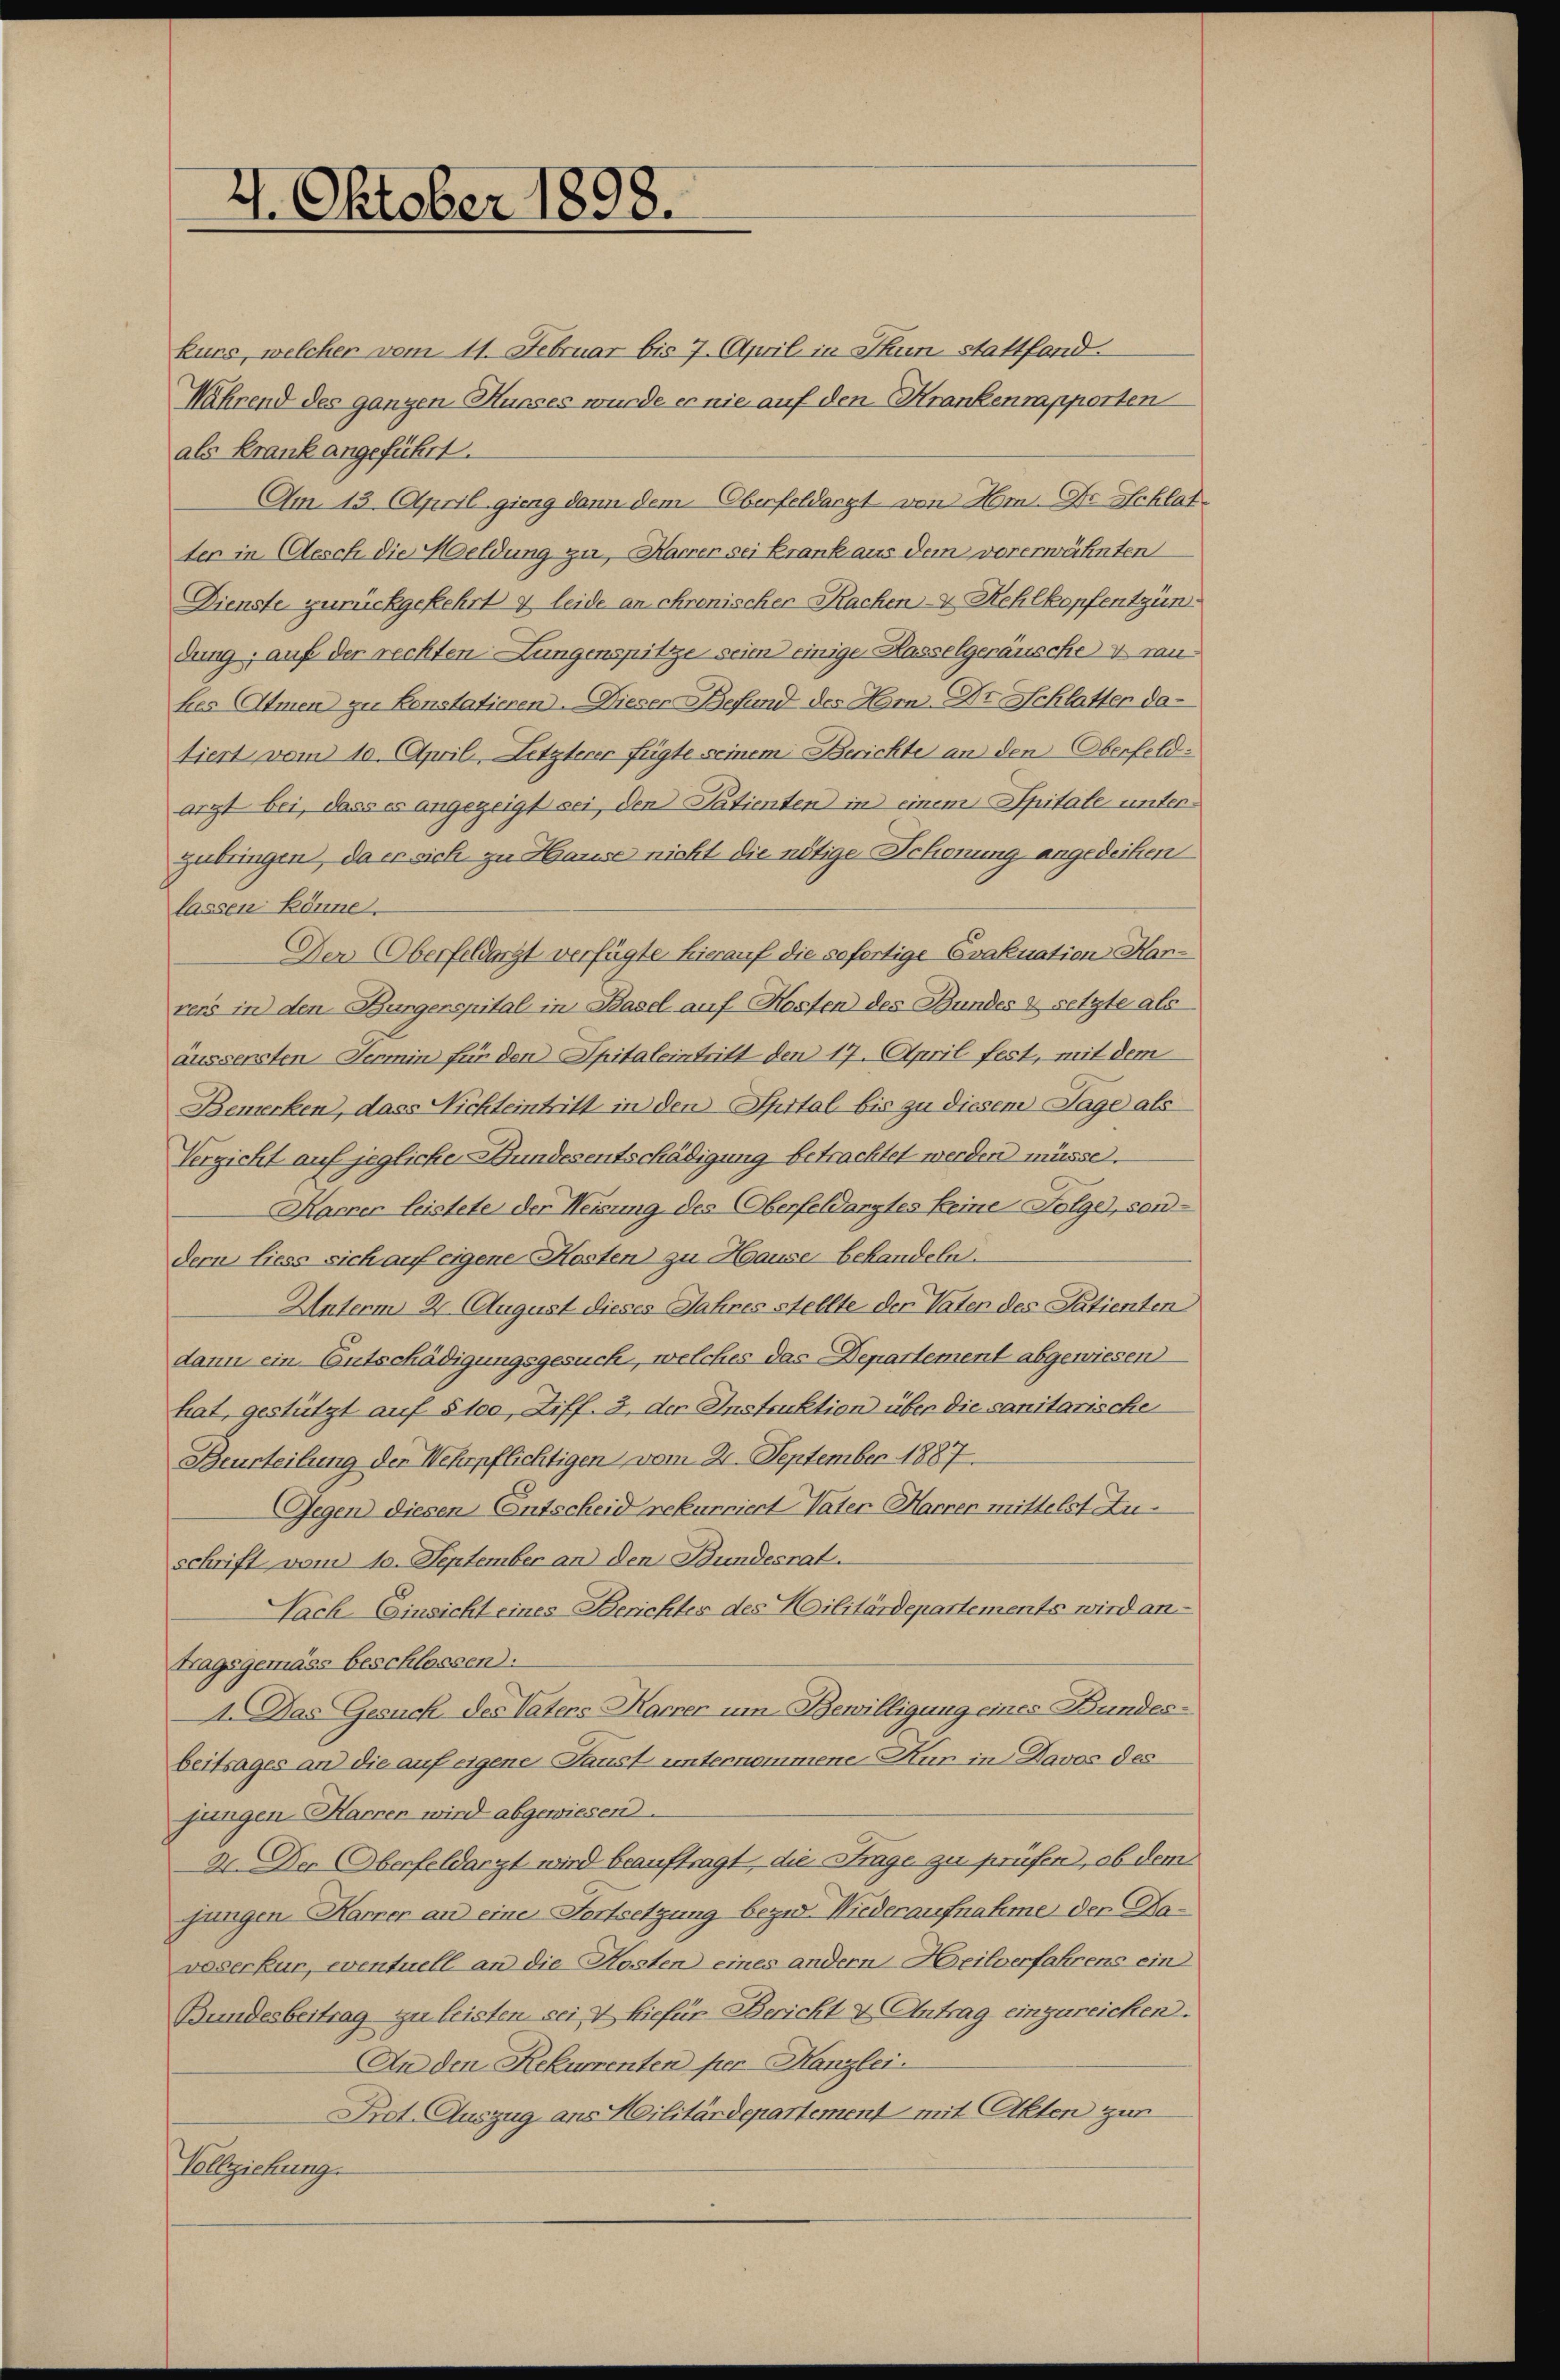
4. Oktober 1898.

kurs, welcher vom 11. Februar bis 7. April in Thun stattfond.
Während des ganzen Hueses wurde er nie auf den Krankenrapporten
als Krank angeführt.
Am 13. April gieng dann dem Oberfeldarzt von Hom. Dr Schlate
ter in Aesch die Heldung zu, Harrer sei Krank aus dem vorerwähnten
Dienste zurückgekehrt u leide an ehrenischer Kachen- & Kehlkopfentzündung; auf der rechten Lungenspitze seien einige Hasselgeräusche v. gankes Armen zu Konstatieren. Dieser Befund des Hrn. Dr Schlatter datiert vom 10. April, Letzterer fügte seinem Berichte an den Oberfeldarzt bei, dass es angezeigt sei, den Patienten in einem Spitale unter¬
Gubringen, da er sich zu Hause nicht die nötige Schonung angedeihen
lassen könne.
Der Oberfeldarzt verfügte hierauf die sofortige Evakuation Harrers in den Bürgerspital in Basel auf Kosten des Bundes u setzte als
äussersten Termin für den Spitaleintritt den 17. April fest, mit dem
Bewerken, dass Nichteintritt in den Spital bis zu diesem Tage als
Vergicht auf jegliche Bundesentschädigung betrachtet werden müsse.
Karner leistete der Weisung des Oberfeldarztes keine Folge, sond
dern liess sich auf eigene Kosten zu Hause behandeln.
Unterm 2. August dieses Jahres stellte der Vaten des Patienten
dann ein Entschädigungsgesuch, welches das Departement abgewiesen
hat, gestützt auf § 100, Ziff. 3, der Instruktion über die sanitarische
Beurteilung der Wehrpflichtigen vom 21. September 1887
Gegen diesen Entscheid rekurriert Vater Harrer mittelst Au
schrift vom 10. September an den Bundesrat.
Sach Einsicht eines Berichtes des Militärdepartements wird an
Tragsgemäss beschlossen:
A. Das Gesuch des Vaters Karrer um Bewilligung eines Bundesbeitrages an die auf eigene Faust unternommene Kur in Davos des
jungen Harren wird abgewiesen.
2. Der Oberfeldarzt wird beauftragt, die Frage zu prüfen, ob dem
jungen Karner an eine Fortsetzung bezw. Niederaufnahme der Lavoserkur, eventuell an die Kosten eines andern Heilverfahrens ein
Bundesbeitrag zu leisten sei & hiefür-Bericht & Antrag einzureichen.
An den Rekurrenten per Kanzlei.
Prot. Auszug ans Militärdepartement mit Akten zur
Vollziehung.